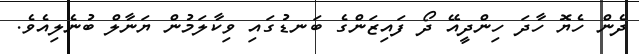
ދެން ހެޔޮ ހާދަ ހިންދީއޭ ދޯ ފައިޒަންގެ ބަނޑުގައި ވިކާލަމުން ޔަނާލް ބުނެލިއެވެ.